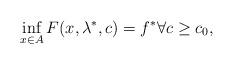
LaTeX: \begin{align*} \inf_{x \in A} F(x, \lambda^*, c) = f^* \forall c \ge c_0,\end{align*}